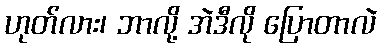
ဟုတ်လား၊ ဘာလို့ အဲဒီလို ပြောတာလဲ